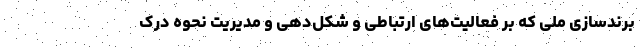
برندسازی ملی که بر فعالیت‌های ارتباطی و شکل‌دهی و مدیریت نحوه درک